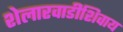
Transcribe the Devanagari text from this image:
शेलारवाडीशिवाय